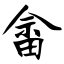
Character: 畲